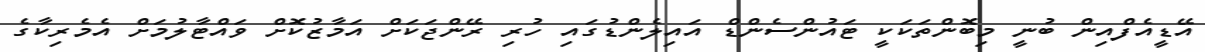
އޭޑީއެފްއިން ބުނީ މިބޮންތަކަކީ ޓައުންސެންޑް އައިލެންޑުގައި ހުރި ރޭންޖަކަށް އަމާޒުކޮށް ވައްޓާލުމަށް އެމެރިކާގެ